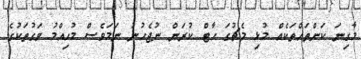
މާގިނަ ކަންތައްތަކެއް މުޅި މެޗުގަ ހާޓް ކުރަން ނުޖެހުނު ނަމަވެސް މުހިއްމު ވަގުތަކުގެ